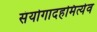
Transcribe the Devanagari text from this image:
संयोगादहमित्येव